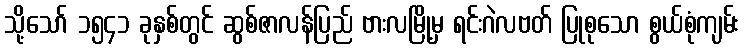
သို့သော် ၁၅၄၁ ခုနှစ်တွင် ဆွစ်ဇာလန်ပြည် ဗားလမြို့မှ ရင်းဂဲလဗတ် ပြုစုသော စွယ်စုံကျမ်း